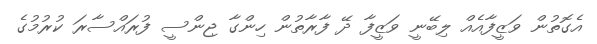
އެގޮތުން ވަޒީފާއެއް ލިބޭނީ ވަޒީފާ ދޭ ފާރާތުން ހިންގާ ޖިންސީ ފުރައްސާރަ ކުރުމުގެ